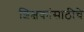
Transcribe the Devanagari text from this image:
शिक्षकांसाठीचे